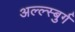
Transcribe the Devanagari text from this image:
अल्ल्स्बुर्ग